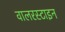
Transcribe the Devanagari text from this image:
वालरस्टाइन